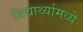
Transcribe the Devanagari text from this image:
विद्यार्थ्यामध्ये